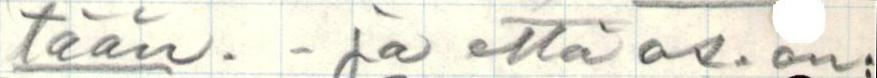
tään. - ja että os. on: